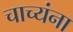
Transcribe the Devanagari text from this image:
चाच्यंना